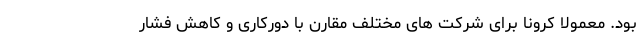
بود. معمولا کرونا برای شرکت های مختلف مقارن با دورکاری و کاهش فشار